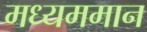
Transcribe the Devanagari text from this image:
मध्यममान